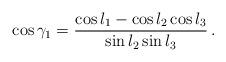
LaTeX: \begin{align*}\cos\gamma_1={\cos l_1 -\cos l_2 \cos l_3\over \sin l_2 \sin l_3 }\, .\end{align*}